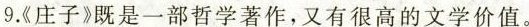
9.《庄子》既是一部哲学著作，又是很高的文学价值